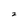
Character: z